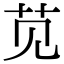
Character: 苋